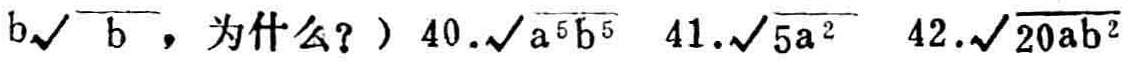
$b\sqrt{b}$，为什么？）$40.\sqrt{a^{5}b^{5}}$ $41.\sqrt{5a^{2}}$ $42.\sqrt{20ab^{2}}$